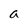
Character: a